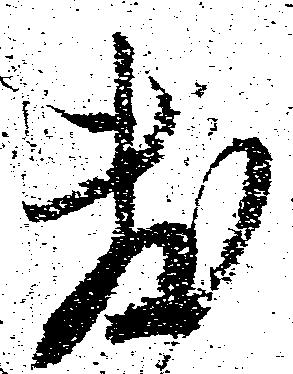
敷